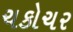
ચકોચર